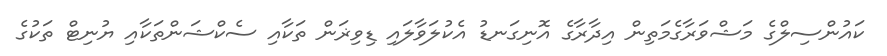
ކައުންސިލްގެ މަޝްވަރާގެމަތިން އިދާރާގެ އޮނިގަނޑު އެކުލަވާލައި ޑިވިޜަން ތަކާއި ސެކްޝަންތަކާއި ޔުނިޓް ތަކުގެ